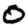
Digit: 0